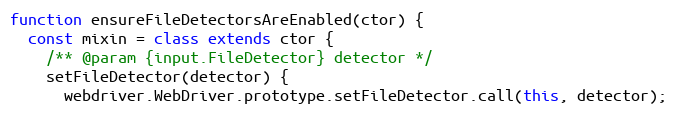
Language: JavaScript
function ensureFileDetectorsAreEnabled(ctor) {
  const mixin = class extends ctor {
    /** @param {input.FileDetector} detector */
    setFileDetector(detector) {
      webdriver.WebDriver.prototype.setFileDetector.call(this, detector);